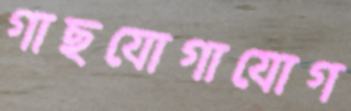
গাছযোগাযোগ